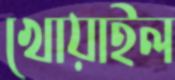
খোয়াইল